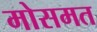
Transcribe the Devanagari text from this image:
मोसमत